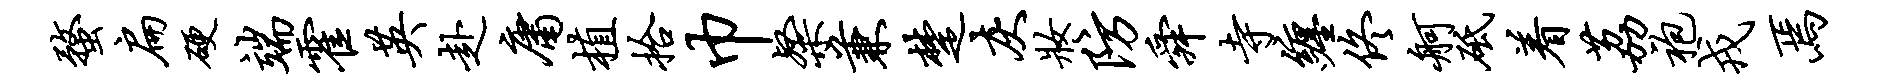
蝥扁硬端霍英赴庸植拾巾粲兼楚灰妆防舜寺缠佟舸砥着荔袍戎焉